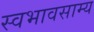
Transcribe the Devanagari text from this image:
स्वभावसाम्य